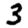
Digit: 3